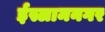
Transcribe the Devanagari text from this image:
ईस्लामनगर